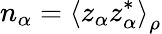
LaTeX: n_{\alpha}=\left\langle z_{\alpha}z_{\alpha}^{*}\right\rangle_{\rho}